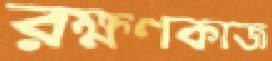
রক্ষণকাজ